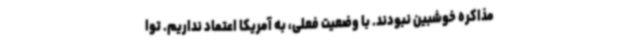
مذاکره خوشبین نبودند. با وضعیت فعلی، به آمریکا اعتماد نداریم. توا